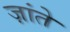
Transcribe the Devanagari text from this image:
ज़ांते